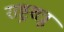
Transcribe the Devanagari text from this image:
राष्ट्रशत्रु